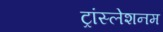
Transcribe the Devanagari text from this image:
ट्रांस्लेशनम